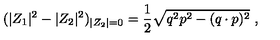
( | Z _ { 1 } | ^ { 2 } - | Z _ { 2 } | ^ { 2 } ) _ { | Z _ { 2 } | = 0 } = { \frac { 1 } { 2 } } \sqrt { q ^ { 2 } p ^ { 2 } - ( q \cdot p ) ^ { 2 } } \ ,